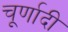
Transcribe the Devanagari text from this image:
चूर्णादी